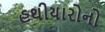
હથીયારોનો